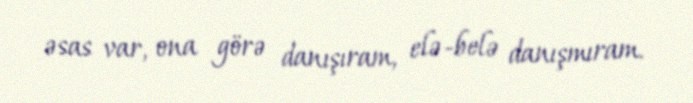
əsas var, ona görə danışıram, elə-belə danışmıram.